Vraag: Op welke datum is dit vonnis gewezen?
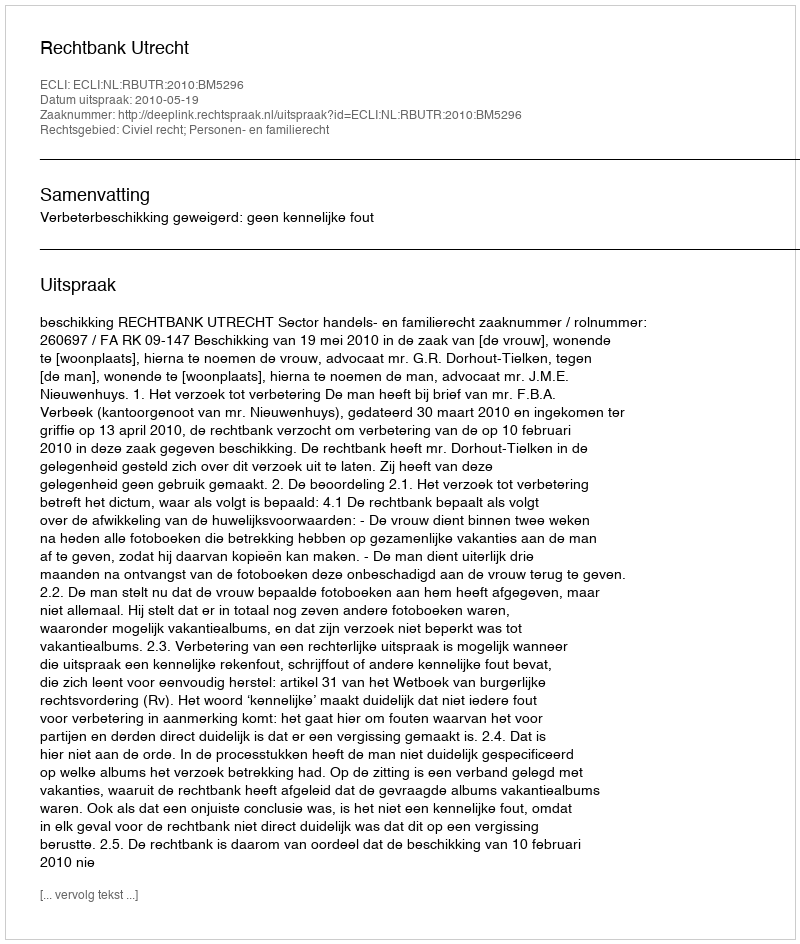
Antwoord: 2010-05-19